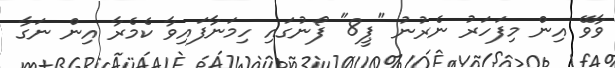
ވާވޭ އިން މިފަހަރު ނެރުނު "ޕީ8" ފޯނުގައި ހިމަނާފައިވާ ކެމެރާ އިން ނަގާ